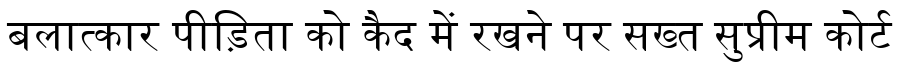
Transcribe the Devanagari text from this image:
बलात्कार पीड़िता को कैद में रखने पर सख्त सुप्रीम कोर्ट